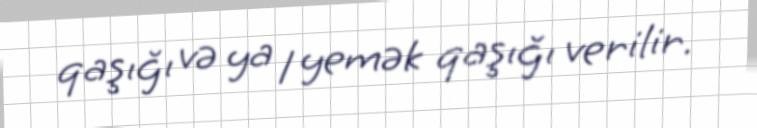
qaşığı və ya 1 yemək qaşığı verilir.